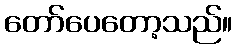
တော်ပေတော့သည်။